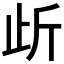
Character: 𭭜